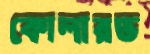
কোলারভ